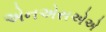
એનએસએએ